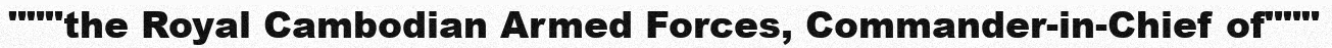
"""the Royal Cambodian Armed Forces, Commander-in-Chief of"""